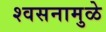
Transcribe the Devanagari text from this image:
श्वसनामुळे